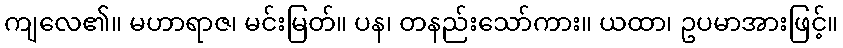
ကျလေ၏။ မဟာရာဇ၊ မင်းမြတ်။ ပန၊ တနည်းသော်ကား။ ယထာ၊ ဥပမာအားဖြင့်။